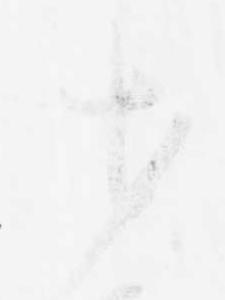
才